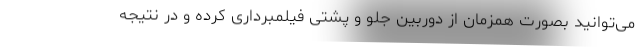
می‌توانید بصورت همزمان از دوربین جلو و پشتی فیلمبرداری کرده و در نتیجه